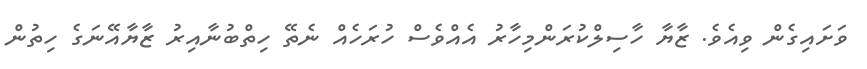
ވަށައިގެން ވިއެވެ. ޒާޔާ ހާސިލްކުރަންމިހާރު އެއްވެސް ހުރަހެއް ނެތޭ ހިތްބުނާއިރު ޒާޔާއޭނަގެ ހިތުން